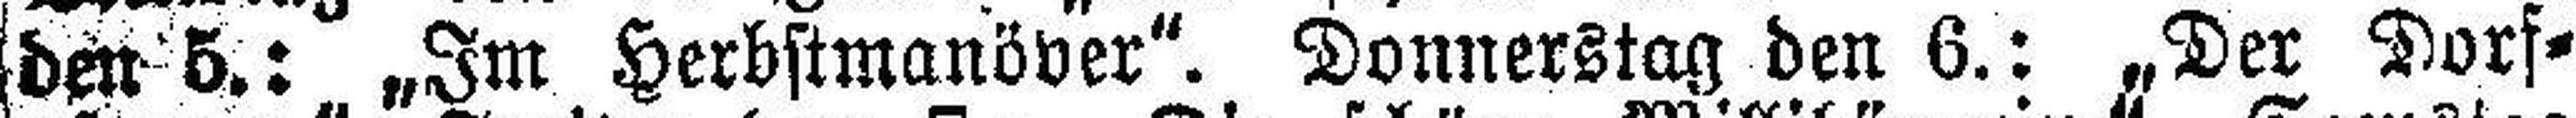
den 5.: „Im Herbstmanöver“. Donnerstag den 6.: „Der Dorf¬